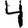
Digit: 4